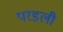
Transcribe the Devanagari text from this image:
परडली